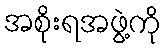
အစိုးရအဖွဲ့ကို